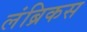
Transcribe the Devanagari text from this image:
लंब्रिकस